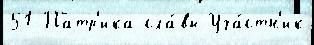
51 Патр'ика сла́вы Уча́стн'ик